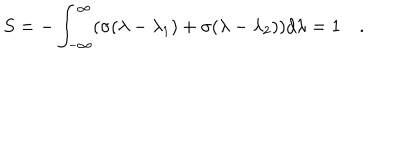
LaTeX: S = - \int _ { - \infty } ^ { \infty } ( \sigma ( \lambda - \lambda _ { 1 } ) + \sigma ( \lambda - \lambda _ { 2 } ) ) d \lambda = 1 \quad .